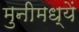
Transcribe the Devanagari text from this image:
मुनीमध्यें